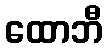
ထောဘီ